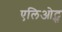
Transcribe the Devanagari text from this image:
एलिओट्स